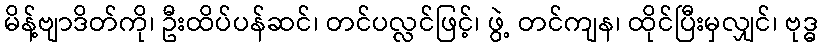
မိန့်ဗျာဒိတ်ကို၊ ဦးထိပ်ပန်ဆင်၊ တင်ပလ္လင်ဖြင့်၊ ဖွဲ့ တင်ကျန၊ ထိုင်ပြီးမှလျှင်၊ ဗုဒ္ဓ